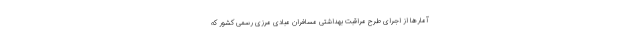
آمار‌ها از اجرای طرح مراقبت بهداشتی مسافران مبادی مرزی رسمی کشور که